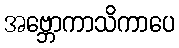
အဗ္ဘောကာသိကာပေ